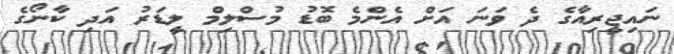
ނައިޖީރިއާގެ ދެ ވަނަ އަށް އެންމެ ބޮޑު މުސްލިމް ލީޑަރު އަދި ކާނޯގެ